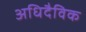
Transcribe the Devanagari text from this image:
अधिदैविक